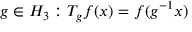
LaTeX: g \in H _ { 3 } : T _ { g } f ( x ) = f ( g ^ { - 1 } x )